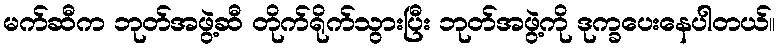
မက်ဆီက ဘုတ်အဖွဲ့ဆီ တိုက်ရိုက်သွားပြီး ဘုတ်အဖွဲ့ကို ဒုက္ခပေးနေပါတယ်။